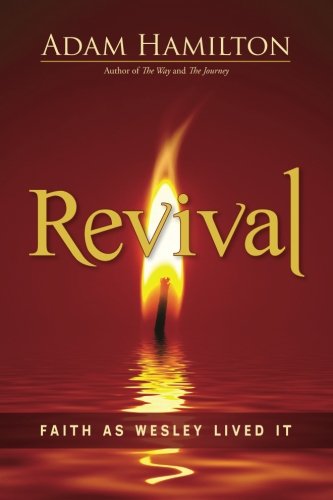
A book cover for Revival: Faith as Wesley Lived It; Adam Hamilton; Christian Books & Bibles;